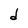
Character: d